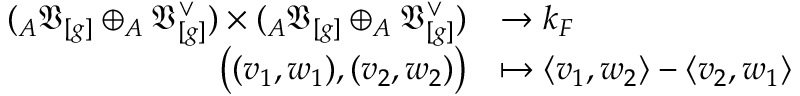
\begin{array} { r l } { ( _ { A } \mathfrak { V } _ { [ g ] } \oplus _ { A } \mathfrak { V } _ { [ g ] } ^ { \vee } ) \times ( _ { A } \mathfrak { V } _ { [ g ] } \oplus _ { A } \mathfrak { V } _ { [ g ] } ^ { \vee } ) } & { \to k _ { F } } \\ { \big ( ( v _ { 1 } , w _ { 1 } ) , ( v _ { 2 } , w _ { 2 } ) \big ) } & { \mapsto \langle v _ { 1 } , w _ { 2 } \rangle - \langle v _ { 2 } , w _ { 1 } \rangle } \end{array}